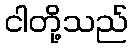
ငါတို့သည်